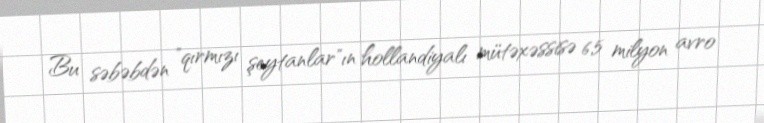
Bu səbəbdən "qırmızı şeytanlar"ın hollandiyalı mütəxəssisə 6,5 milyon avro